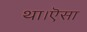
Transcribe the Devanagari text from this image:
था।ऎसा